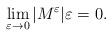
LaTeX: \begin{align*}\lim_{\varepsilon \rightarrow 0}|M^\varepsilon|\varepsilon = 0.\end{align*}